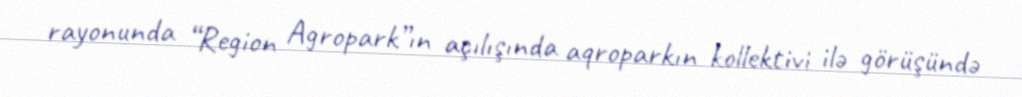
rayonunda “Region Agropark”ın açılışında aqroparkın kollektivi ilə görüşündə